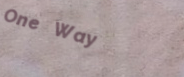
One Way